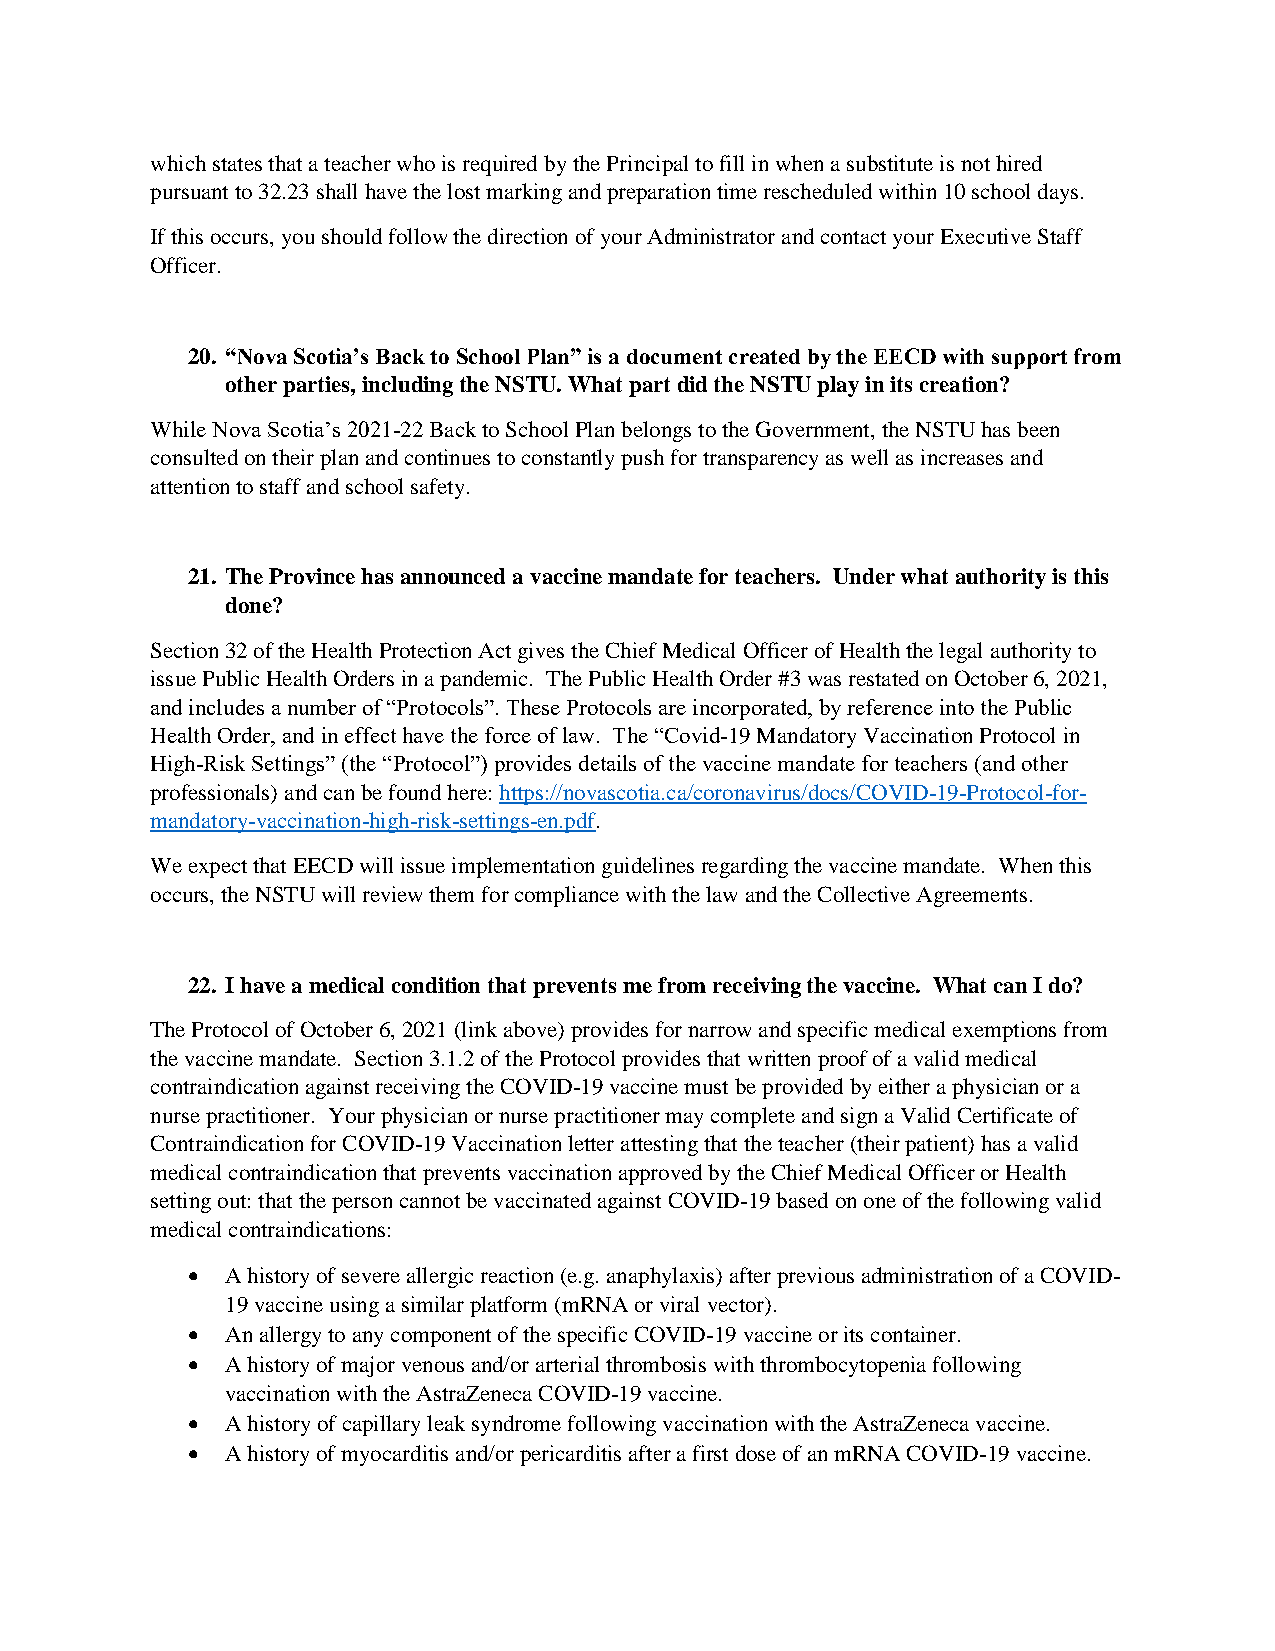
which states that a teacher who is required by the Principal to fill in when a substitute is not hired
 pursuant to 32.23 shall have the lost marking and preparation time rescheduled within 10 school days.
 If this occurs, you should follow the direction of your Administrator and contact your Executive Staff
 Officer.
 20. “Nova Scotia’s Back to School Plan” is a document created by the EECD with support from
 other parties, including the NSTU. What part did the NSTU play in its creation?
 While Nova Scotia’s 2021-22 Back to School Plan belongs to the Government, the NSTU has been
 consulted on their plan and continues to constantly push for transparency as well as increases and
 attention to staff and school safety.
 21. The Province has announced a vaccine mandate for teachers. Under what authority is this
 done?
 Section 32 of the Health Protection Act gives the Chief Medical Officer of Health the legal authority to
 issue Public Health Orders in a pandemic. The Public Health Order #3 was restated on October 6, 2021,
 and includes a number of “Protocols”. These Protocols are incorporated, by reference into the Public
 Health Order, and in effect have the force of law. The “Covid-19 Mandatory Vaccination Protocol in
 High-Risk Settings” (the “Protocol”) provides details of the vaccine mandate for teachers (and other
 professionals) and can be found here: https://novascotia.ca/coronavirus/docs/COVID-19-Protocol-for-
 mandatory-vaccination-high-risk-settings-en.pdf.
 We expect that EECD will issue implementation guidelines regarding the vaccine mandate. When this
 occurs, the NSTU will review them for compliance with the law and the Collective Agreements.
 22. I have a medical condition that prevents me from receiving the vaccine. What can I do?
 The Protocol of October 6, 2021 (link above) provides for narrow and specific medical exemptions from
 the vaccine mandate. Section 3.1.2 of the Protocol provides that written proof of a valid medical
 contraindication against receiving the COVID-19 vaccine must be provided by either a physician or a
 nurse practitioner. Your physician or nurse practitioner may complete and sign a Valid Certificate of
 Contraindication for COVID-19 Vaccination letter attesting that the teacher (their patient) has a valid
 medical contraindication that prevents vaccination approved by the Chief Medical Officer or Health
 setting out: that the person cannot be vaccinated against COVID-19 based on one of the following valid
 medical contraindications:
   A history of severe allergic reaction (e.g. anaphylaxis) after previous administration of a COVID-
 19 vaccine using a similar platform (mRNA or viral vector).
   An allergy to any component of the specific COVID-19 vaccine or its container.
   A history of major venous and/or arterial thrombosis with thrombocytopenia following
 vaccination with the AstraZeneca COVID-19 vaccine.
   A history of capillary leak syndrome following vaccination with the AstraZeneca vaccine.
   A history of myocarditis and/or pericarditis after a first dose of an mRNA COVID-19 vaccine.